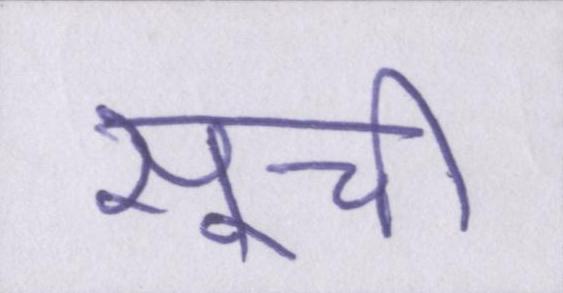
सूची